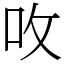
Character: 呚